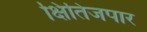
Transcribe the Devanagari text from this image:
क्षितिजपार